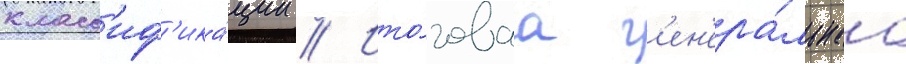
класс'иф'ика́ции // Ито́говаа г'ен'ера́льнаа